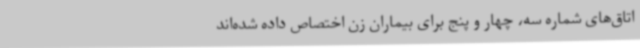
اتاق‌های شماره سه، چهار و پنج برای بیماران زن اختصاص داده شده‌اند